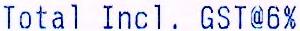
TOTAL INCL. GST@6%